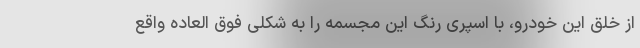
از خلق این خودرو، با اسپری رنگ این مجسمه را به شکلی فوق العاده واقع